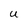
Character: U